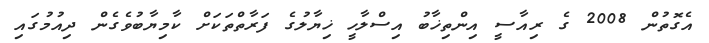
އެގޮތުން 2008 ގެ ރިއާސީ އިންތިޚާބު އިސްލާހީ ޚިޔާލުގެ ފަރާތްތަކަށް ކާމިޔާބުވެގެން ދިއުމުގައި